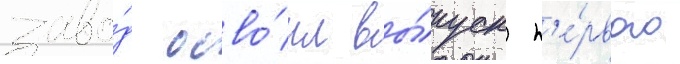
заво́д осво́ил вы́пуск п'е́рвого